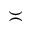
\asymp